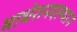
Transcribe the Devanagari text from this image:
माथेरानदरम्यान